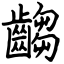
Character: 齺